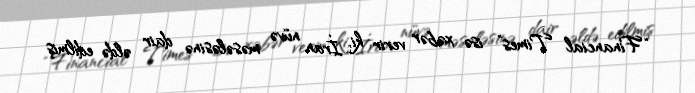
“Financial Times” isə xəbər verir ki, İran nüvə məsələsinə dair əldə edilmiş